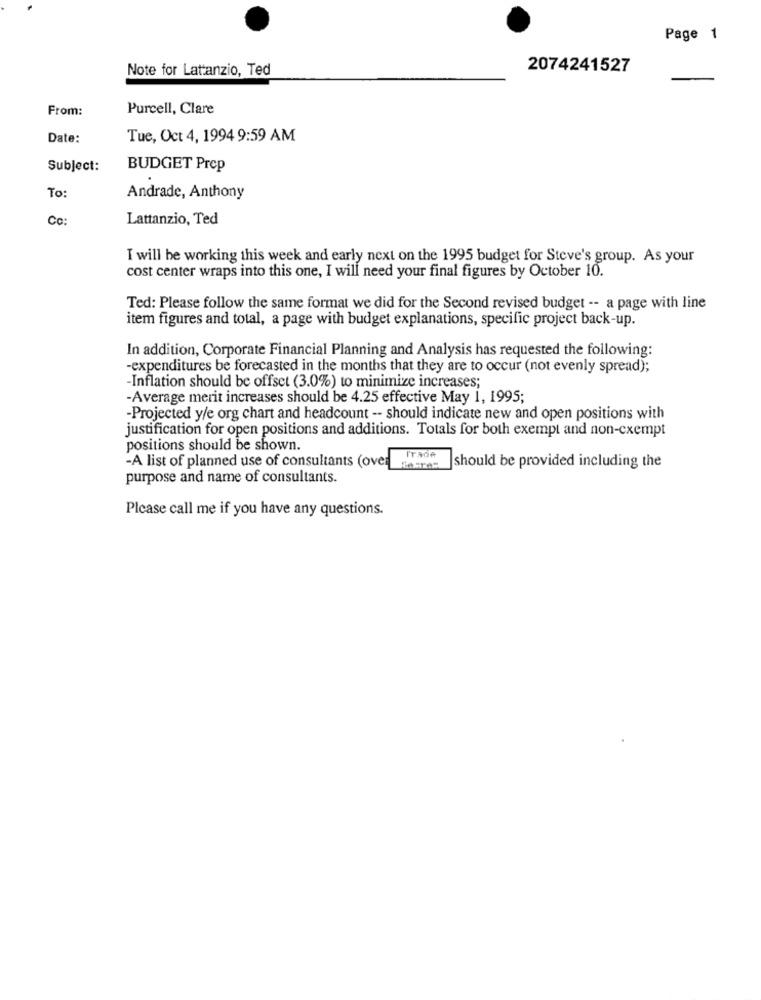
Page 1
Note for Lattanzio, Ted
2074241527
From:
Purcell, Clare
Date:
Tue, Oct 4, 1994 9:59 AM
Subject:
BUDGET Prep
To:
Andrade, Anthony
Co:
Lattanzio, Ted
I will be working this week and early next on the 1995 budget for Steve's group. As your
cost center wraps into this one, I will need your final figures by October 10.
Ted: Please follow the same format we did for the Second revised budget -- a page with line
item figures and total, a page with budget explanations, specific project back-up.
In addition, Corporate Financial Planning and Analysis has requested the following:
-expenditures be forecasted in the months that they are to occur (not evenly spread);
-Inflation should be offset (3.0%) to minimize increases;
-Average merit increases should be 4.25 effective May 1, 1995;
-Projected y/e org chart and headcount -- should indicate new and open positions with
justification for open positions and additions. Totals for both exempt and non-exempt
positions should be shown.
-A list of planned use of consultants (over
should be provided including the
purpose and name of consultants.
Please call me if you have any questions.